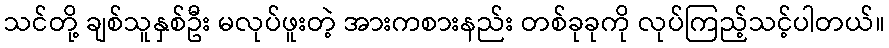
သင်တို့ ချစ်သူနှစ်ဦး မလုပ်ဖူးတဲ့ အားကစားနည်း တစ်ခုခုကို လုပ်ကြည့်သင့်ပါတယ်။